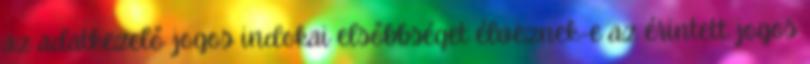
az adatkezelő jogos indokai elsőbbséget élveznek-e az érintett jogos